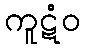
ကူဋံဝ